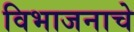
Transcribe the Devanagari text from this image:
विभाजनाचे